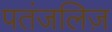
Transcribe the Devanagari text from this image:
पतंजलिज़